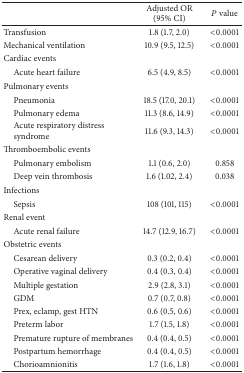
|  | Adjusted OR (95% CI) | P value |
 | --- | --- | --- |
 | Transfusion | 1.8 (1.7, 2.0) | <0.0001 |
 | Mechanical ventilation | 10.9 (9.5, 12.5) | <0.0001 |
 | Cardiac events |  |  |
 | Acute heart failure | 6.5 (4.9, 8.5) | <0.0001 |
 | Pulmonary events |  |  |
 | Pneumonia | 18.5 (17.0, 20.1) | <0.0001 |
 | Pulmonary edema | 11.3 (8.6, 14.9) | <0.0001 |
 | Acute respiratory distresssyndrome | 11.6 (9.3, 14.3) | <0.0001 |
 | Thromboembolic events |  |  |
 | Pulmonary embolism | 1.1 (0.6, 2.0) | 0.858 |
 | Deep vein thrombosis | 1.6 (1.02, 2.4) | 0.038 |
 | Infections |  |  |
 | Sepsis | 108 (101, 115) | <0.0001 |
 | Renal event |  |  |
 | Acute renal failure | 14.7 (12.9, 16.7) | <0.0001 |
 | Obstetric events |  |  |
 | Cesarean delivery | 0.3 (0.2, 0.4) | <0.0001 |
 | Operative vaginal delivery | 0.4 (0.3, 0.4) | <0.0001 |
 | Multiple gestation | 2.9 (2.8, 3.1) | <0.0001 |
 | GDM | 0.7 (0.7, 0.8) | <0.0001 |
 | Prex, eclamp, gest HTN | 0.6 (0.5, 0.6) | <0.0001 |
 | Preterm labor | 1.7 (1.5, 1.8) | <0.0001 |
 | Premature rupture of membranes | 0.4 (0.4, 0.5) | <0.0001 |
 | Postpartum hemorrhage | 0.4 (0.4, 0.5) | <0.0001 |
 | Chorioamnionitis | 1.7 (1.6, 1.8) | <0.0001 |